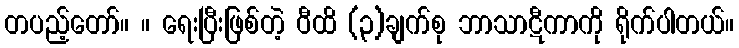
တပည့်တော်။ ။ ရေးပြီးဖြစ်တဲ့ ဝီထိ (၃)ချက်စု ဘာသာဋီကာကို ရိုက်ပါတယ်။